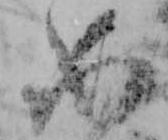
如